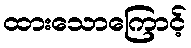
ထားသောကြောင့်